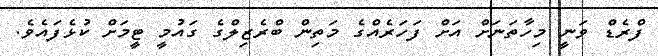
ފްރެޑް ވަނީ މިހާތަނަށް އަށް ފަހަރެއްގެ މަތިން ބްރެޒިލްގެ ގައުމީ ޓީމަށް ކުޅެފައެވެ.